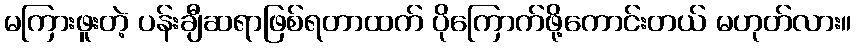
မကြားဖူးတဲ့ ပန်းချီဆရာဖြစ်ရတာထက် ပိုကြောက်ဖို့ကောင်းတယ် မဟုတ်လား။